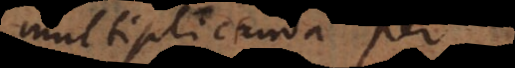
multiplicanda per